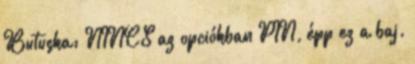
Butuska: NINCS az opciókban PIN, épp ez a baj.